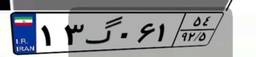
۱۳گ۰۶۱۵۴